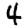
Digit: 4